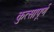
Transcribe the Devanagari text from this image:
कुत्सापूर्ण